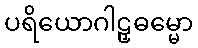
ပရိယောဂါဠှဓမ္မော